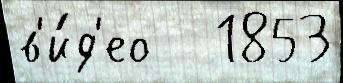
в'и́д'ео   1853